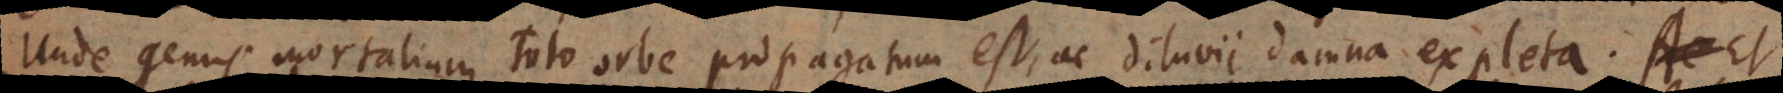
Unde genus mortalium toto orbe propagatum est, ac diluvii damna expleta. Et